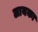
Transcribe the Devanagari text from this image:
लायका